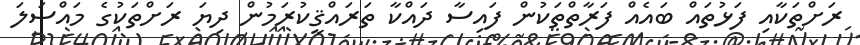
ރަށްތަކާއި ފަޅުތައް ބައެއް ފަރާތްތަކުން ފައިސާ ދައްކާ ތަރައްޤީކުރަމުން ދިޔަ ރަށްތަކުގެ މައްސަލަ